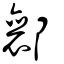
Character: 𨟚